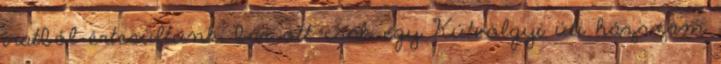
iratból értesültünk, bár ott csak egy Kútvölgyi úti házszám